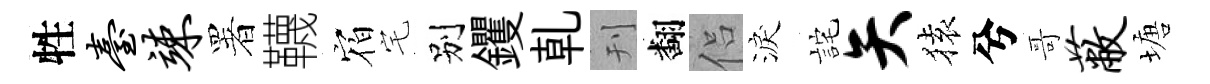
牲台竦署韈𪧐宅别钁乹刊翻侣淚詫矢𫞤兮哥蔽塘